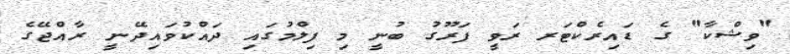
"ވިޝްކާ" ގެ ޑައިރެކްޓަރ ރަވީ ފަރޫގު ބުނީ މި ފިލްމުގައި ދައްކުވައިދޭނީ ރާއްޖޭގެ